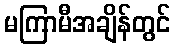
မကြာမီအချိန်တွင်